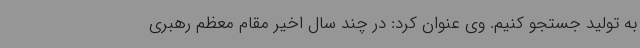
به تولید جستجو کنیم. وی عنوان کرد: در چند سال اخیر مقام معظم رهبری